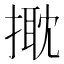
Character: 𢲠